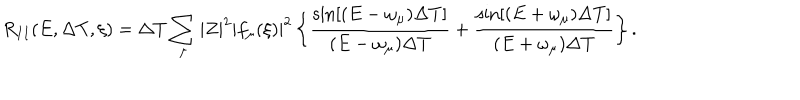
R _ { I I } ( E , \Delta T , \xi ) = \Delta T \sum _ { \mu } | Z | ^ { 2 } | f _ { \mu } ( \xi ) | ^ { 2 } \left\{ \frac { \sin \left[ ( E - \omega _ { \mu } ) \Delta T \right] } { ( E - \omega _ { \mu } ) \Delta T } + \frac { \sin \left[ ( E + \omega _ { \mu } ) \Delta T \right] } { ( E + \omega _ { \mu } ) \Delta T } \right\} .